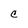
Character: c